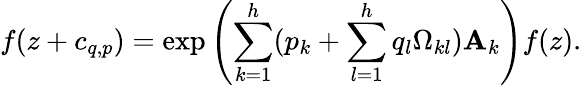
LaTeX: f(z+c_{q,p})=\exp\left({\sum_{k=1}^{h}(p_{k}+\sum_{l=1}^{h}q_{l}\Omega_{kl})\mathbf{A}_{k}}\right)f(z).